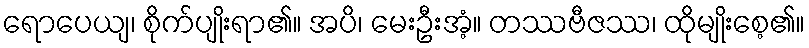
ရောပေယျ၊ စိုက်ပျိုးရာ၏။ အပိ၊ မေးဦးအံ့။ တဿဗီဇဿ၊ ထိုမျိုးစေ့၏။